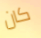
كان